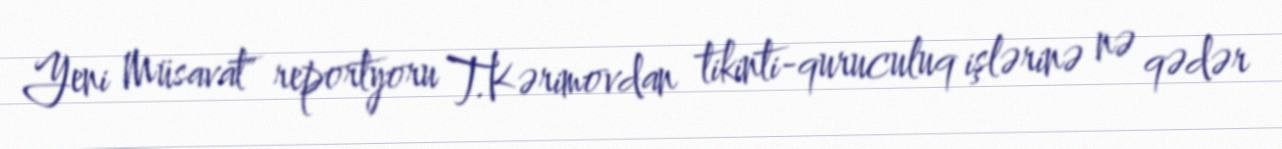
Yeni Müsavat" reportyoru T.Kərimovdan tikinti-quruculuq işlərinə nə qədər